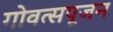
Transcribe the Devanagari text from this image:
गोवत्सपूजन